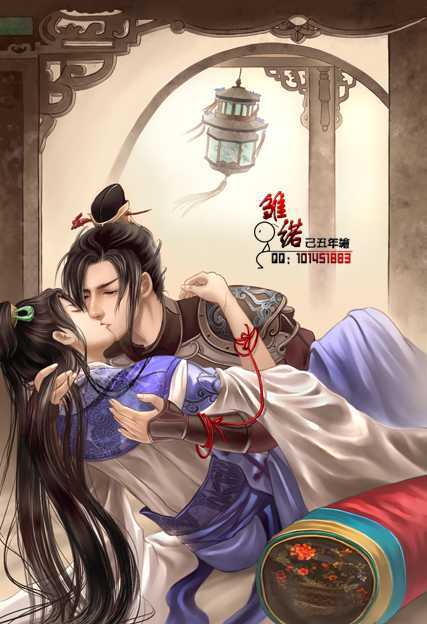
罗襟湿未干，又是凄凉雪。